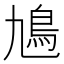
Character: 𩾛